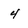
Character: 4